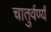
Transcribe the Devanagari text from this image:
चातुर्वर्ण्यं